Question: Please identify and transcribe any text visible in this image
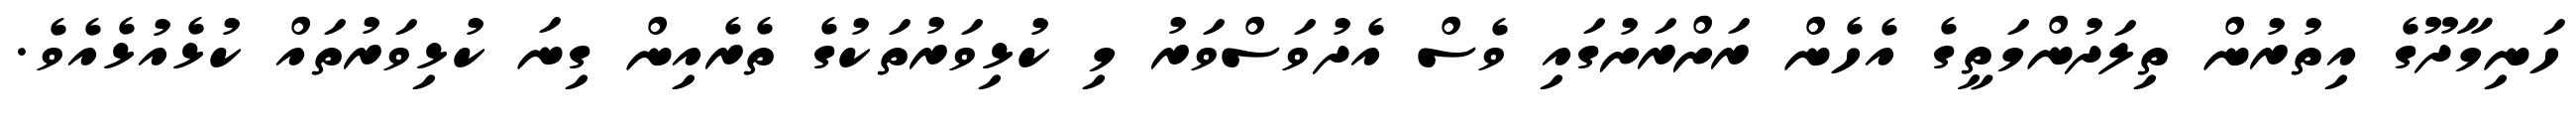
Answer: ހަނިމާދޫގެ އިތުރުން ތިލަދުންމަތީގެ އެހެން ރަށްރަށުގައި ވެސް އެދުވަސްވަރު މި ކުޅިވަރުތަކުގެ ތެރެއިން ގިނަ ކުޅިވަރުތައް ކުޅެއުޅެއެވެ.